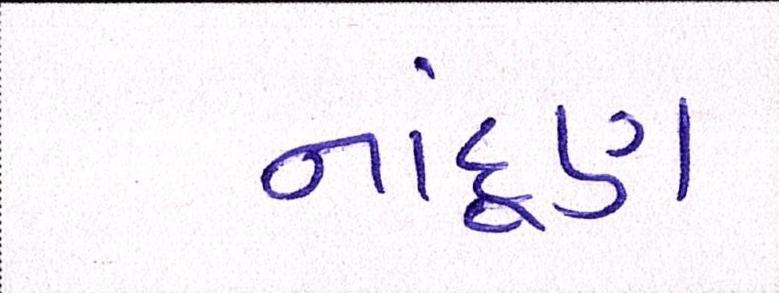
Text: નાંદૂણ